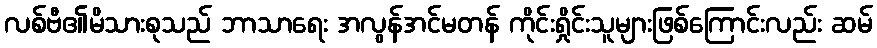
လစ်ဗီ၏မိသားစုသည် ဘာသာရေး အလွန်အင်မတန် ကိုင်းရှိုင်းသူများဖြစ်ကြောင်းလည်း ဆမ်